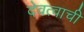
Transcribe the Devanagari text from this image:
देवत्वाची